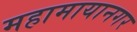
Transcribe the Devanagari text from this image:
महामायानगर